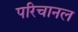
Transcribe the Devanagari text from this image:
परिचानल